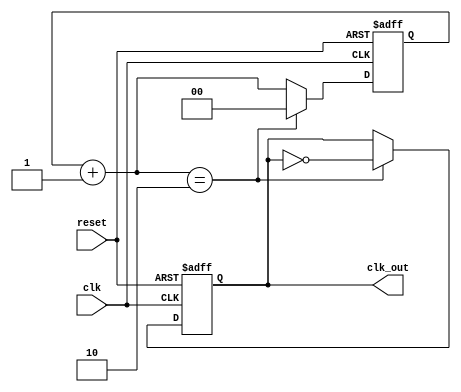
module clk_div4 (clk,reset, clk_out);
 
input clk;
input reset;
output clk_out;
 
reg [1:0] r_reg;
wire [1:0] r_nxt;
reg clk_track;
 
always @(posedge clk or posedge reset)
 
begin
  if (reset)
     begin
        r_reg <= 3'b0;
	clk_track <= 1'b0;
     end
 
  else if (r_nxt == 2'b10)
 	   begin
	     r_reg <= 0;
	     clk_track <= ~clk_track;
	   end
 
  else 
      r_reg <= r_nxt;
end
 
 assign r_nxt = r_reg+1;   	      
 assign clk_out = clk_track;
endmodule